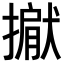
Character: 𢵐